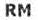
RM